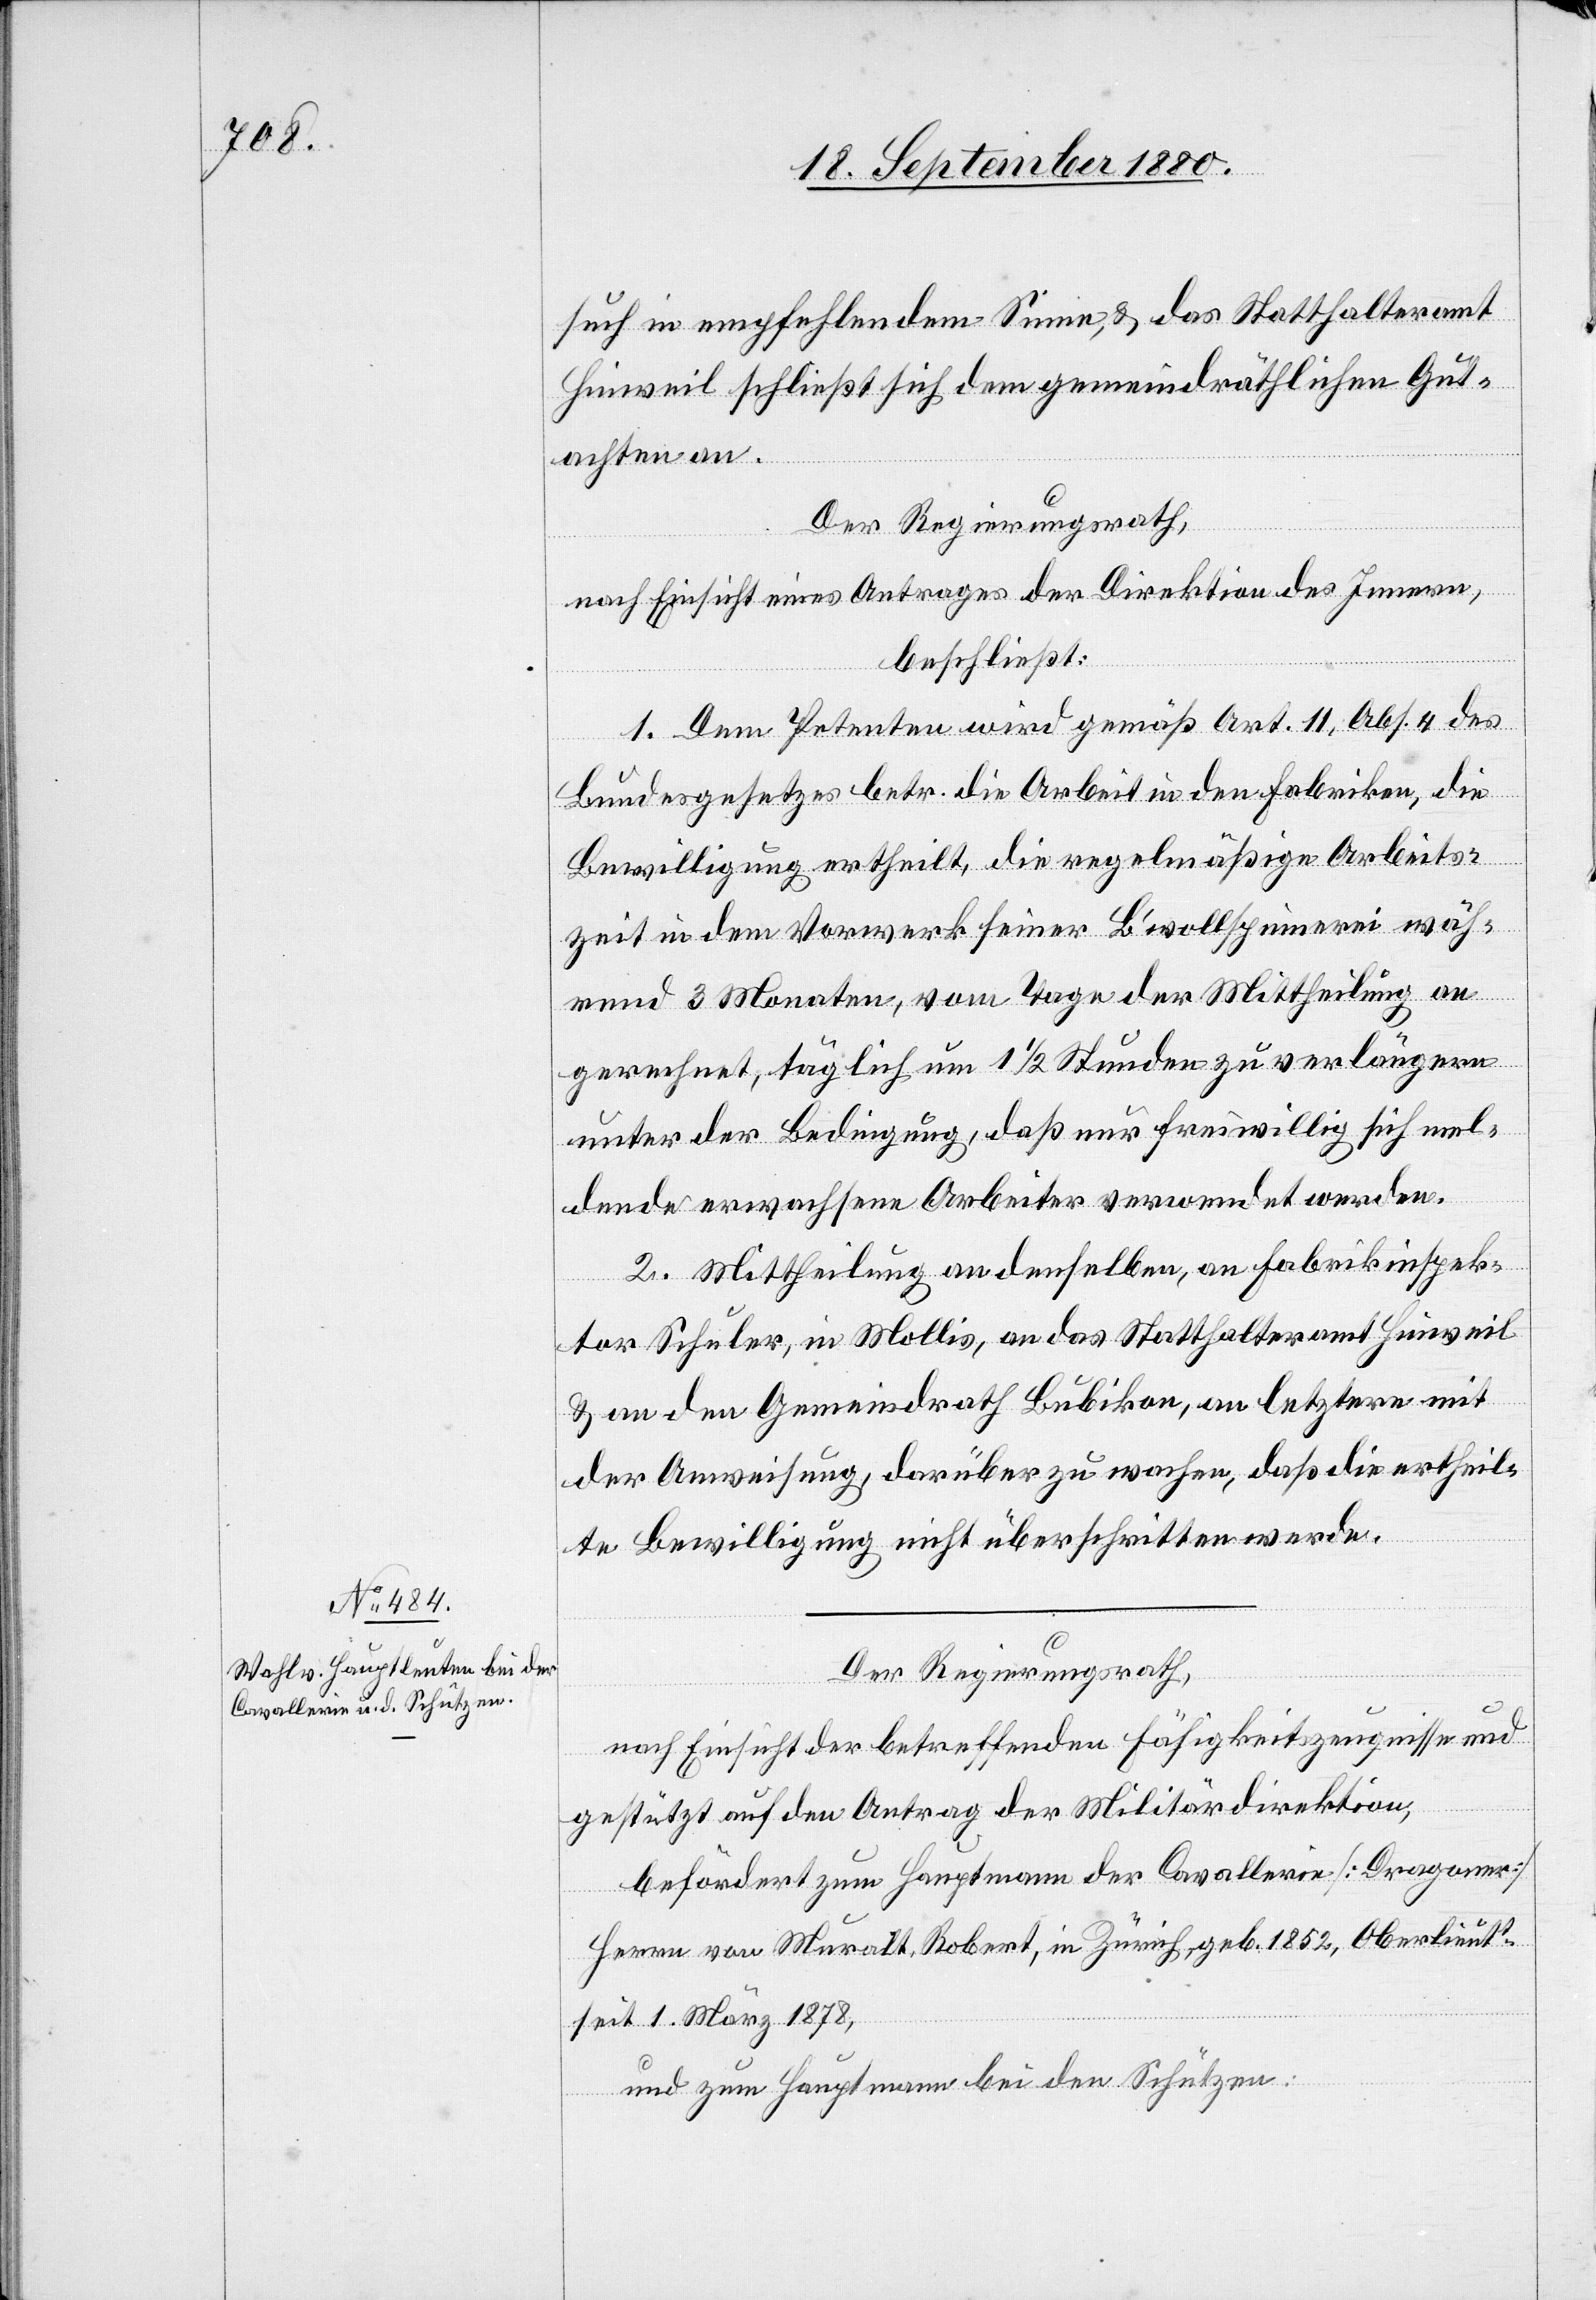
such in empfehlendem Sinne, & das Statthalteramt
Hinweil schließt sich dem gemeindräthlichen Gut¬
achten an.
Der Regierungsrath,
nach Einsicht eines Antrages der Direktion des Innern,
beschließt:
1. Dem Petenten wird gemäß Art. 11, Abs. 4 des
Bundesgesetzes betr. die Arbeit in den Fabriken, die
Bewilligung ertheilt, die regelmäßige Arbeits¬
zeit in dem Vorwerk seiner B’wollspinnerei wäh¬
rend 3 Monaten, vom Tage der Mittheilung an
gerechnet, täglich um 11/2 Stunden zu verlängern
unter der Bedingung, daß nur freiwillig sich mel¬
dende erwachsene Arbeiter verwendet werden.
2. Mittheilung an denselben, an Fabrikinspek¬
tor Schuler, in Mollis, an das Statthalteramt Hinweil
& an den Gemeindrath Bubikon, an letztern mit
der Anweisung, darüber zu wachen, daß die ertheil¬
te Bewilligung nicht überschritten werde.
Der Regierungsrath,
nach Einsicht der betreffenden Fähigkeitszeugnisse und
gestützt auf den Antrag der Militärdirektion,
befördert zum Hauptmann der Cavallerie [Dragoner]
Herrn von Muralt, Robert, in Zürich, geb. 1852, Oberlieutt
seit 1. März 1878,
und zum Hauptmann bei den Schützen: